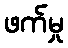
ဖက်မှု